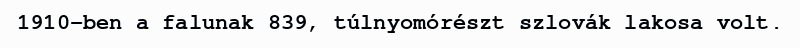
1910-ben a falunak 839, túlnyomórészt szlovák lakosa volt.